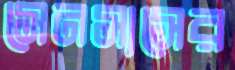
সেনসাসের